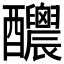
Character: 𨤉